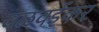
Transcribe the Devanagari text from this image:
वळवईकर